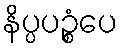
နိပ္ပပဉ္စံပေ